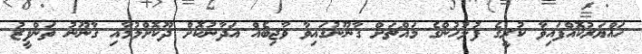
ހައްޔަރުކޮއްފައިވާ ކުރީގެ ފުލުހުންގެ މައްޗަށް ގާނޫނުގައިވާ ވާޖިބެއް އަދާނުކޮށް ދޫކޮށްލުމާއި ގާނޫނު ތަންފީޒު